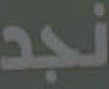
نجد